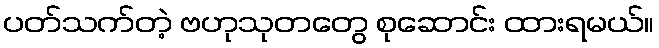
ပတ်သက်တဲ့ ဗဟုသုတတွေ စုဆောင်း ထားရမယ်။